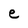
Character: e